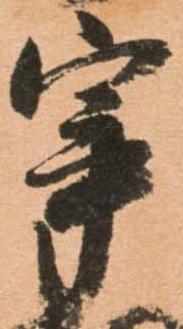
宰